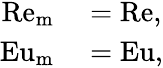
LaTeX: \begin{array}{rl}{\mathrm{Re}_{\mathrm{m}}}&{{}=\mathrm{Re},}\\ {\mathrm{Eu}_{\mathrm{m}}}&{{}=\mathrm{Eu},}\end{array}